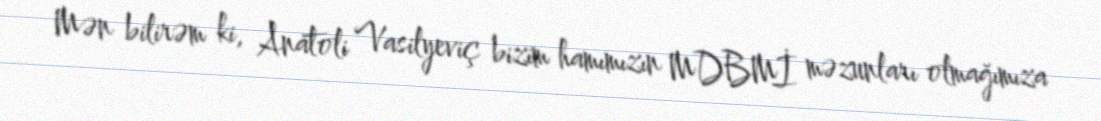
Mən bilirəm ki, Anatoli Vasilyeviç bizim hamımızın MDBMİ məzunları olmağımıza